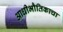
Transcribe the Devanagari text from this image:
आधीभौतिकाचा